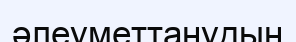
әлеуметтанудың